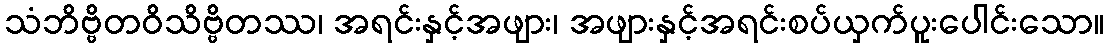
သံဘိဗ္ဗိတဝိသိဗ္ဗိတဿ၊ အရင်းနှင့်အဖျား၊ အဖျားနှင့်အရင်းစပ်ယှက်ပူးပေါင်းသော။